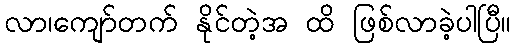
လာ၊ကျော်တက် နိုင်တဲ့အ ထိ ဖြစ်လာခဲ့ပါပြီ။